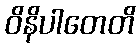
ဝိနိပါတေတိ